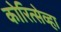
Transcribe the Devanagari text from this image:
कोरित्सेव्हा